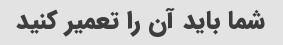
شما باید آن را تعمیر کنید